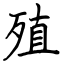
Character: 殖